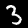
Digit: 3